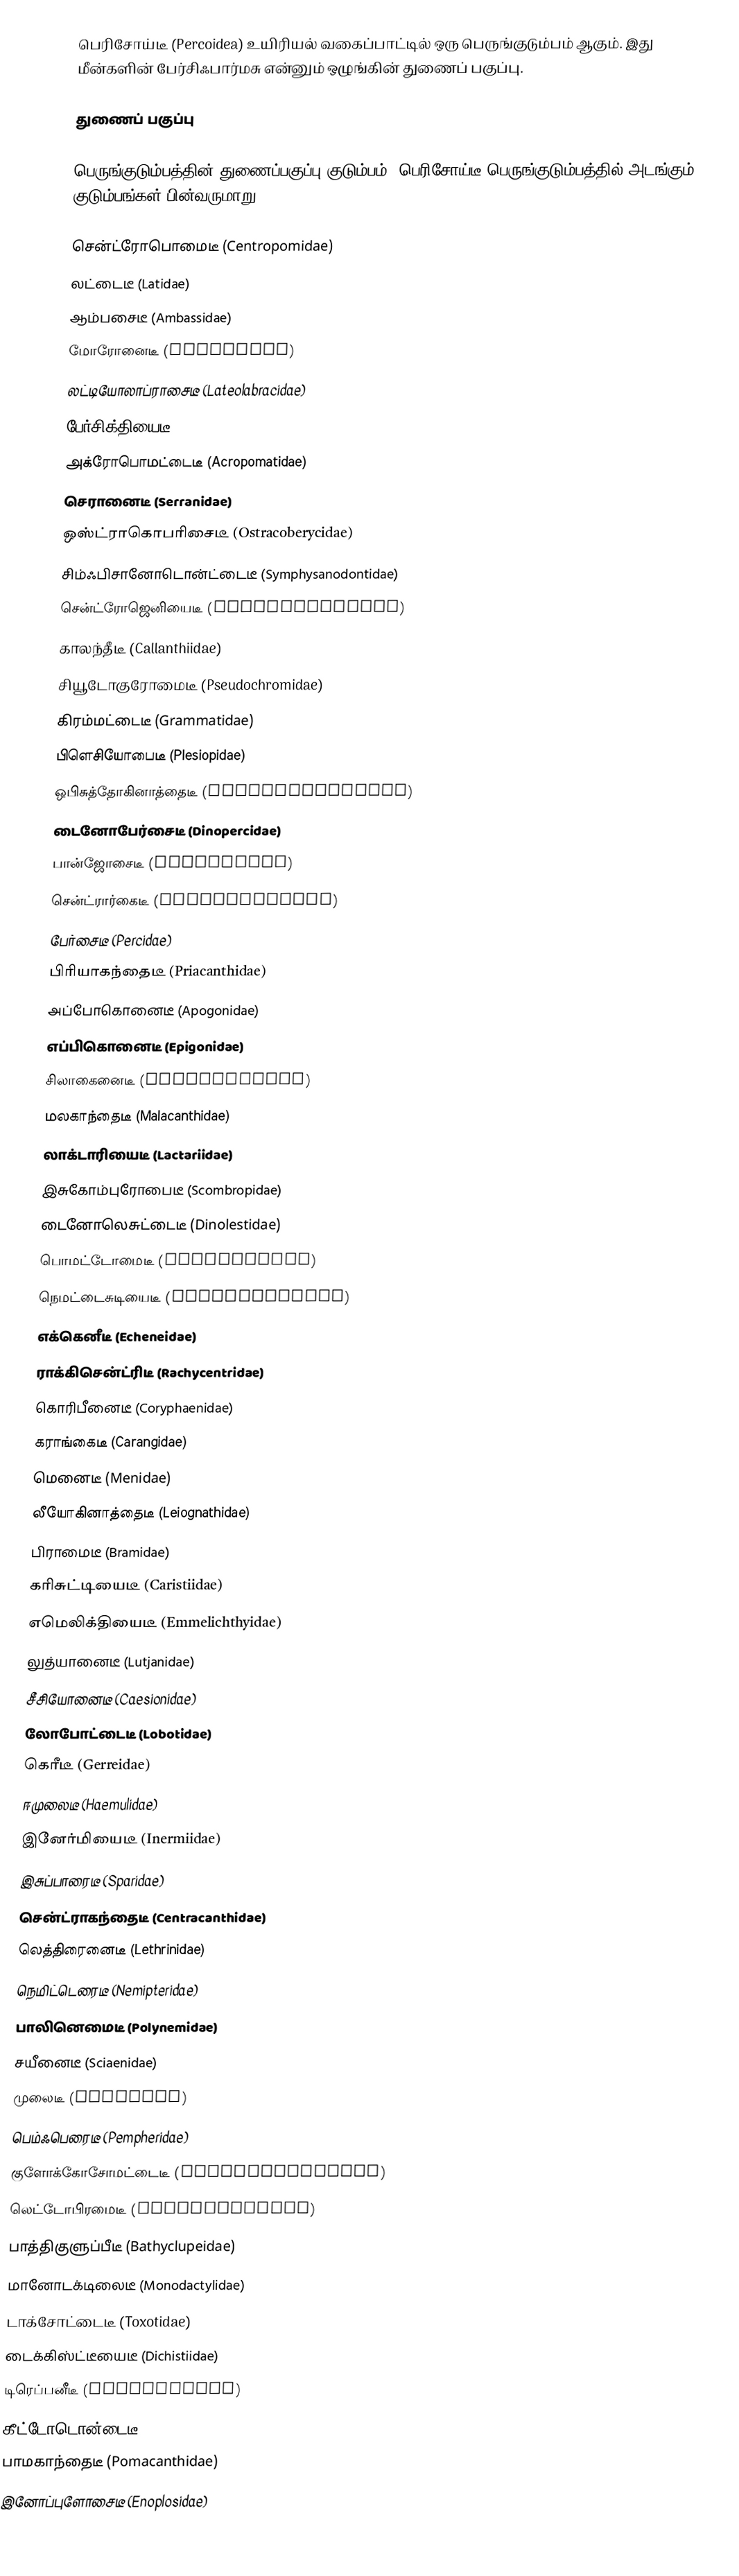
பெரிசோய்டீ (Percoidea) உயிரியல் வகைப்பாட்டில் ஒரு பெருங்குடும்பம் ஆகும். இது மீன்களின் பேர்சிஃபார்மசு என்னும் ஒழுங்கின் துணைப் பகுப்பு.

துணைப் பகுப்பு

பெருங்குடும்பத்தின் துணைப்பகுப்பு குடும்பம். பெரிசோய்டீ பெருங்குடும்பத்தில் அடங்கும் குடும்பங்கள் பின்வருமாறு:

சென்ட்ரோபொமைடீ (Centropomidae)
லட்டைடீ (Latidae)
ஆம்பசைடீ (Ambassidae)
மோரோனைடீ (Moronidae)
லட்டியோலாப்ராசைடீ (Lateolabracidae)
பேர்சிக்தியைடீ (Percichthyidae)
அக்ரோபொமட்டைடீ (Acropomatidae)
செரானைடீ (Serranidae)
ஒஸ்ட்ராகொபரிசைடீ (Ostracoberycidae)
சிம்ஃபிசானோடொன்ட்டைடீ (Symphysanodontidae)
சென்ட்ரோஜெனியைடீ (Centrogenyidae)
காலந்தீடீ (Callanthiidae)
சியூடோகுரோமைடீ (Pseudochromidae)
கிரம்மட்டைடீ (Grammatidae)
பிளெசியோபைடீ (Plesiopidae)
ஒபிசுத்தோகினாத்தைடீ (Opistognathidae)
டைனோபேர்சைடீ (Dinopercidae)
பான்ஜோசைடீ (Banjosidae)
சென்ட்ரார்கைடீ (Centrarchidae)
பேர்சைடீ (Percidae)
பிரியாகந்தைடீ (Priacanthidae)
அப்போகொனைடீ (Apogonidae)
எப்பிகொனைடீ (Epigonidae)
சிலாகைனைடீ (Sillaginidae)
மலகாந்தைடீ (Malacanthidae)
லாக்டாரியைடீ (Lactariidae)
இசுகோம்புரோபைடீ (Scombropidae)
டைனோலெசுட்டைடீ (Dinolestidae)
பொமட்டோமைடீ (Pomatomidae)
நெமட்டைசுடியைடீ (Nematistiidae)
எக்கெனீடீ (Echeneidae)
ராக்கிசென்ட்ரிடீ (Rachycentridae)
கொரிபீனைடீ (Coryphaenidae)
கராங்கைடீ (Carangidae)
மெனைடீ (Menidae)
லீயோகினாத்தைடீ (Leiognathidae)
பிராமைடீ (Bramidae)
கரிசுட்டியைடீ (Caristiidae)
எமெலிக்தியைடீ (Emmelichthyidae)
லுத்யானைடீ (Lutjanidae)
சீசியோனைடீ (Caesionidae)
லோபோட்டைடீ (Lobotidae)
கெரீடீ (Gerreidae)
ஈமுலைடீ (Haemulidae)
இனேர்மியைடீ (Inermiidae)
இசுப்பாரைடீ (Sparidae)
சென்ட்ராகந்தைடீ (Centracanthidae)
லெத்திரைனைடீ (Lethrinidae)
நெமிட்டெரைடீ (Nemipteridae)
பாலினெமைடீ (Polynemidae)
சயீனைடீ (Sciaenidae)
முலைடீ (Mullidae)
பெம்ஃபெரைடீ (Pempheridae)
குளோக்கோசோமட்டைடீ (Glaucosomatidae)
லெட்டோபிரமைடீ (Leptobramidae)
பாத்திகுளுப்பீடீ (Bathyclupeidae)
மானோடக்டிலைடீ (Monodactylidae)
டாக்சோட்டைடீ (Toxotidae)
டைக்கிஸ்ட்டீயைடீ (Dichistiidae)
டிரெப்பனீடீ (Drepaneidae)
கீட்டோடொன்டைடீ (Chaetodontidae)
பாமகாந்தைடீ (Pomacanthidae)
இனோப்புளோசைடீ (Enoplosidae)